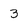
Character: 3